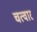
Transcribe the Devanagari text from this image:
चत्वार